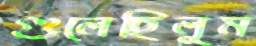
গুলেছিলুম